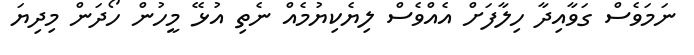
ނަމަވެސް ގަވާއިދާ ހިލާފަށް އެއްވެސް ލިޔެކިޔުމެއް ނެތި އުޅޭ މީހުން ހޯދަން މިދިޔަ